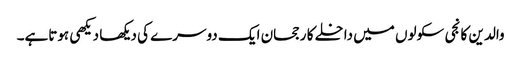
والدین کا نجی سکولوں میں داخلے کا رجحان ایک دوسرے کی دیکھا دیکھی ہوتاہے۔